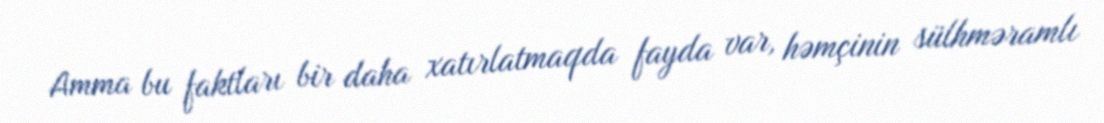
Amma bu faktları bir daha xatırlatmaqda fayda var, həmçinin sülhməramlı